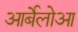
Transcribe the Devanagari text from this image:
आर्बेलोआ